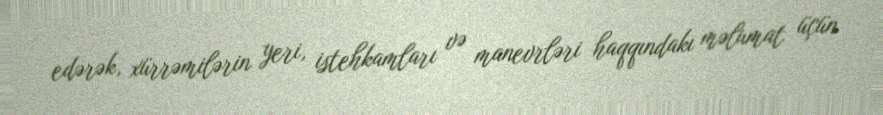
edərək, xürrəmilərin yeri, istehkamları və manevrləri haqqındakı məlumat üçün